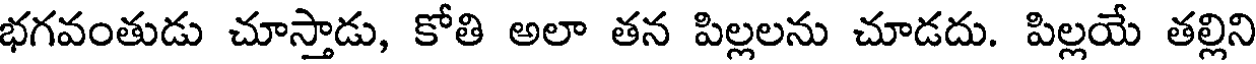
భగవంతుడు చూస్తాడు, కోతి అలా తన పిల్లలను చూడదు. పిల్లయే తల్లిని